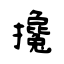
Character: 攙